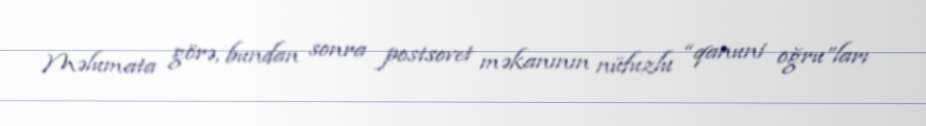
Məlumata görə, bundan sonra postsovet məkanının nüfuzlu “qanuni oğru”ları